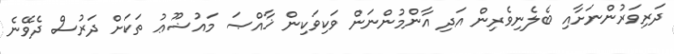
ދަރިވަރުންނަށާއި ބެލެނިވެރިން އަދި އާންމުންނަން ވަކިވަކިން ޚާއްޞަ މައުޟޫޢު ތަކަށް ދަރުސް ދެވޭނެ